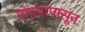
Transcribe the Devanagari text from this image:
पोहयांपासून